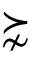
\succnsim